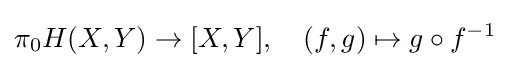
\pi _{0}H(X,Y)\to [X,Y],\quad (f,g)\mapsto g\circ f^{-1}